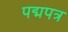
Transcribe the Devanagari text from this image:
पद्मपत्र